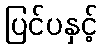
ပြင်ပနှင့်